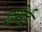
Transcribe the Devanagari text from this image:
इसेई